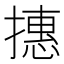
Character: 𢴥